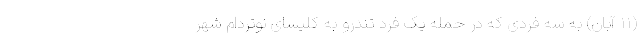
(۱۱ آبان) به سه فردی که در حمله یک فرد تندرو به کلیسای نوتردام شهر